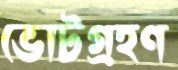
ভোটগ্রহণ